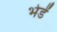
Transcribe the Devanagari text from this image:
भेडें